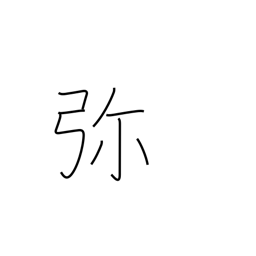
Meaning: all the more